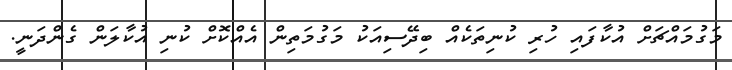
މަގުމައްޗަށް އުކާފައި ހުރި ކުނިތަކެއް ބިދޭސިއަކު މަގުމަތިން އެއްކޮށް ކުނި އުކާލަން ގެންދަނީ.